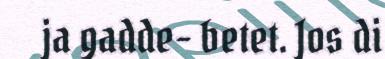
ja gadde- betet. Jos di